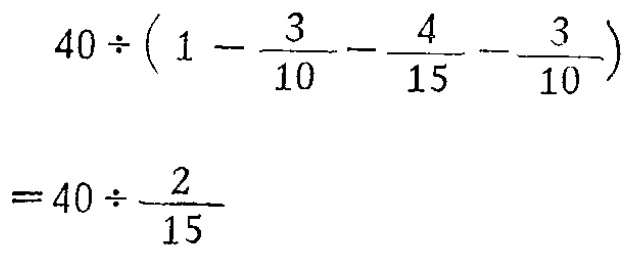
\[

\begin{align*}

&40\div\left(1 - \frac{3}{10} - \frac{4}{15} - \frac{3}{10}\right)\\

=&40\div\frac{2}{15}

\end{align*}

\]